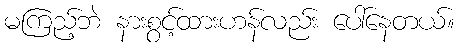
မကြည့်ဘဲ နားစွင့်ထားဟန်လည်း ပေါ်နေတယ်။